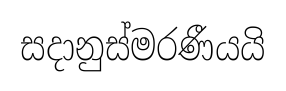
සදානුස්මරණීයයි